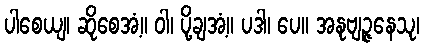
ပါစေယျ၊ ဆိုစေအံ့။ ဝါ၊ ပို့ချအံ့။ ပဒါ၊ ပေ။ အနုဗျဉ္ဇနေသု၊